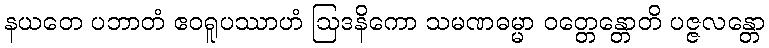
နယတေ ပဘာတံ ဧဝရူပဿာဟံ ဩဒနိကော သမဏဓမ္မာ ဝတ္တေန္တောတိ ပဇ္ဇလန္တော